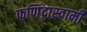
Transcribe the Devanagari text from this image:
फणिंद्रास्वामी